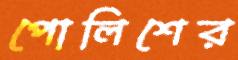
পোলিশের